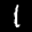
Label: 1